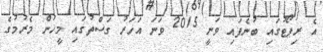
އެ ރިޕޯޓުގައި ބުނެފައި ވަނީ 2015 ވަނަ އަހަރު ގަސްތުގައި މީހުން މެރުމުގެ